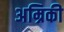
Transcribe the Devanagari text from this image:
अम्रिकी